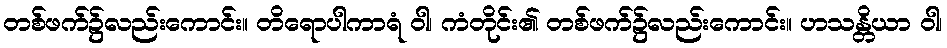
တစ်ဖက်၌လည်းကောင်း။ တိရောပါကာရံ ဝါ၊ ကံတိုင်း၏ တစ်ဖက်၌လည်းကောင်း။ ဟသန္တိယာ ဝါ၊